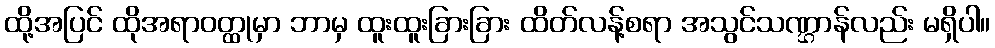
ထို့အပြင် ထိုအရာဝတ္ထုမှာ ဘာမှ ထူးထူးခြားခြား ထိတ်လန့်စရာ အသွင်သဏ္ဌာန်လည်း မရှိပါ။